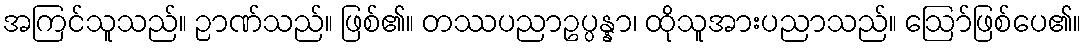
အကြင်သူသည်။ ဉာဏ်သည်။ ဖြစ်၏။ တဿပညာဥပ္ပန္နာ၊ ထိုသူအားပညာသည်။ ဩော်ဖြစ်ပေ၏။